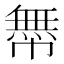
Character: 𢅊